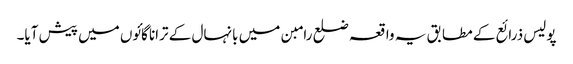
پولیس ذرائع کے مطابق یہ واقعہ ضلع رامبن میں بانہال کے ترانا گائوں میں پیش آیا۔